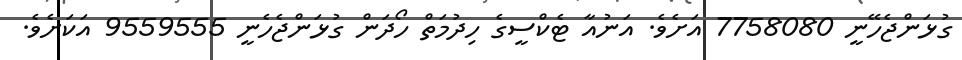
ގުޅަންޖެހޭނީ 7758080 އަށެވެ. އަނުއާ ޓެކްސީގެ ހިދުމަތް ހޯދަން ގުޅަންޖެހެނީ 9559555 އަކަށެވެ.